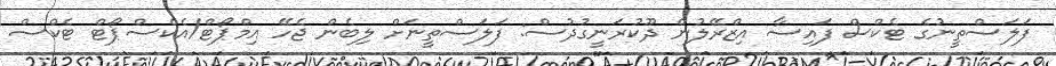
ފަލަސްތީނުގެ ޓެކްސް ފައިސާ އިޒްރޭލުން ދޫކުރަނީގުދުސް: ފަލަސްތީނަށް ލިބެން ޖެހޭ އިމްޕޯޓް/އެކްސްޕޯޓް ޓެކްސް